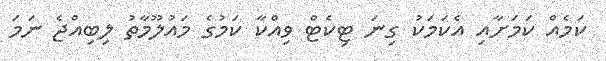
ކަމެއް ކަމަށާއި އެކަމަކު ގިނަ ޓިކެޓް ވިއްކާ ކަމުގެ މައުލޫމާތު ލިބިއްޖެ ނަމަ